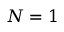
N = 1